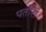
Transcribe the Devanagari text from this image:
पतोरा